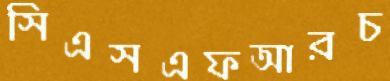
সিএসএফআরচ